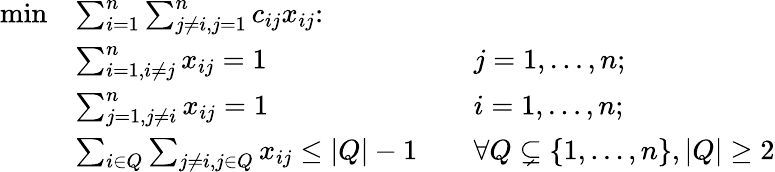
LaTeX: {\begin{array}{rlrl}{\operatorname*{min}}&{\sum_{i=1}^{n}\sum_{j\neq i,j=1}^{n}c_{ij}x_{ij}\colon}&&{}\\ &{\sum_{i=1,i\neq j}^{n}x_{ij}=1}&&{j=1,\ldots,n;}\\ &{\sum_{j=1,j\neq i}^{n}x_{ij}=1}&&{i=1,\ldots,n;}\\ &{\sum_{i\in Q}{\sum_{j\neq i,j\in Q}{x_{ij}}}\leq|Q|-1}&&{\forall Q\subsetneq\{ 1,\ldots,n\} ,|Q|\geq 2}\end{array}}